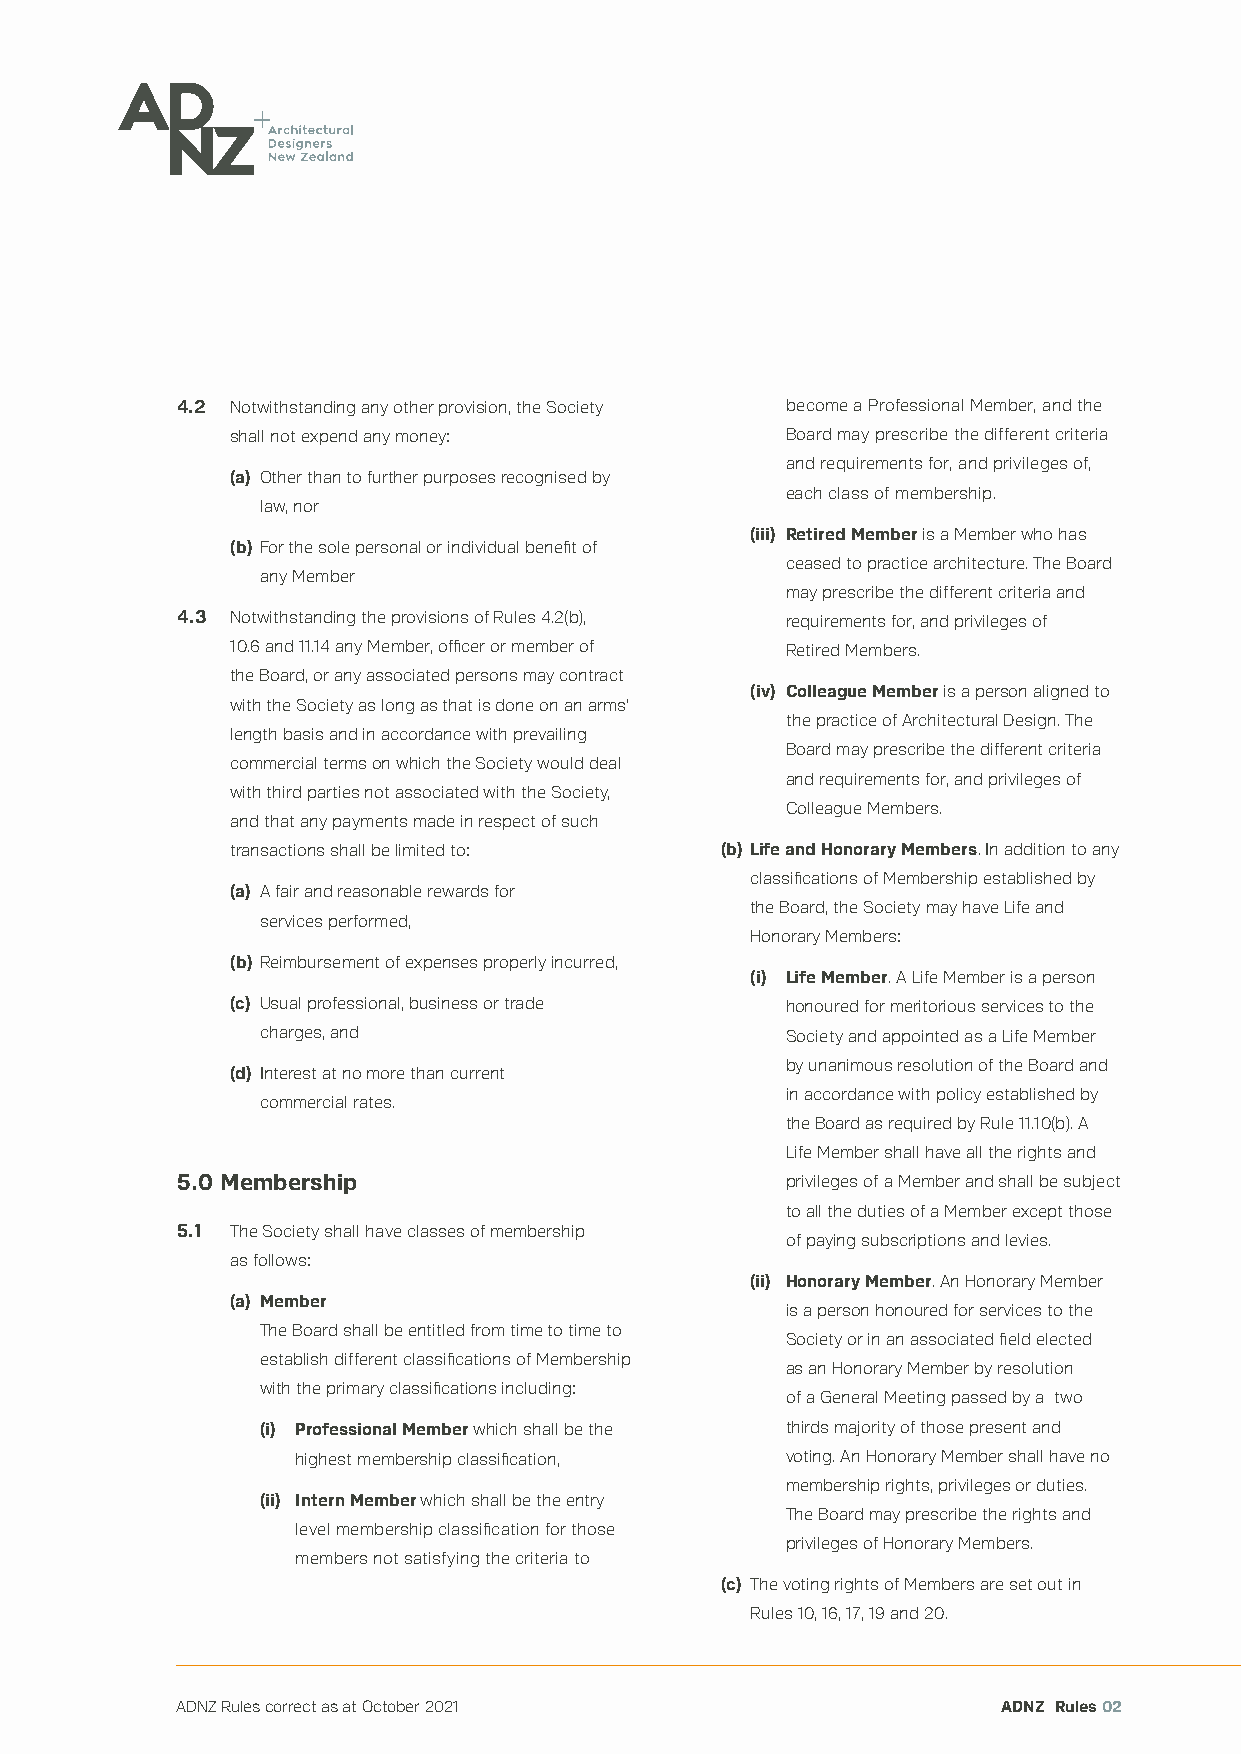
4.2 Notwithstanding any other provision, the Society become a Professional Member, and the
 shall not expend any money:          Board may prescribe the different criteria
 and requirements for, and privileges of,
 (a) Other than to further purposes recognised by
 each class of membership.
 law, nor
 (iii) Retired Member is a Member who has
 (b) For the sole personal or individual benefit of
 ceased to practice architecture. The Board
 any Member
 may prescribe the different criteria and
 4.3 Notwithstanding the provisions of Rules 4.2(b), requirements for, and privileges of
 10.6 and 11.14 any Member, officer or member of Retired Members.
 the Board, or any associated persons may contract
 (iv) Colleague Member is a person aligned to
 with the Society as long as that is done on an arms’
 the practice of Architectural Design. The
 length basis and in accordance with prevailing
 Board may prescribe the different criteria
 commercial terms on which the Society would deal
 and requirements for, and privileges of
 with third parties not associated with the Society,
 Colleague Members.
 and that any payments made in respect of such
 transactions shall be limited to: (b) Life and Honorary Members. In addition to any
 classifications of Membership established by
 (a) A fair and reasonable rewards for
 the Board, the Society may have Life and
 services performed,
 Honorary Members:
 (b) Reimbursement of expenses properly incurred,
 (i) Life Member. A Life Member is a person
 (c) Usual professional, business or trade honoured for meritorious services to the
 charges, and                       Society and appointed as a Life Member
 by unanimous resolution of the Board and
 (d) Interest at no more than current
 in accordance with policy established by
 commercial rates.
 the Board as required by Rule 11.10(b). A
 Life Member shall have all the rights and
 5.0 Membership                          privileges of a Member and shall be subject
 to all the duties of a Member except those
 5.1 The Society shall have classes of membership
 of paying subscriptions and levies.
 as follows:
 (ii) Honorary Member. An Honorary Member
 (a) Member
 is a person honoured for services to the
 The Board shall be entitled from time to time to
 Society or in an associated field elected
 establish different classifications of Membership
 as an Honorary Member by resolution
 with the primary classifications including:
 of a General Meeting passed by a two
 (i) Professional Member which shall be the thirds majority of those present and
 highest membership classification, voting. An Honorary Member shall have no
 membership rights, privileges or duties.
 (ii) Intern Member which shall be the entry
 The Board may prescribe the rights and
 level membership classification for those
 privileges of Honorary Members.
 members not satisfying the criteria to
 (c) The voting rights of Members are set out in
 Rules 10, 16, 17, 19 and 20.
 ADNZ Rules correct as at October 2021                 ADNZ Rules 02